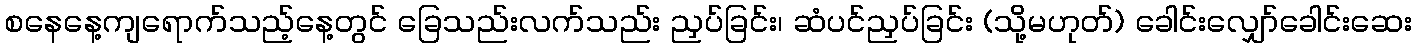
စနေနေ့ကျရောက်သည့်နေ့တွင် ခြေသည်းလက်သည်း ညှပ်ခြင်း၊ ဆံပင်ညှပ်ခြင်း (သို့မဟုတ်) ခေါင်းလျှော်ခေါင်းဆေး